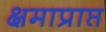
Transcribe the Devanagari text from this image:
क्षमाप्राप्त